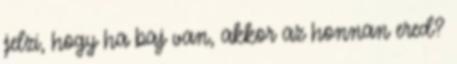
jelzi, hogy ha baj van, akkor az honnan ered?